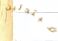
مبتدئين